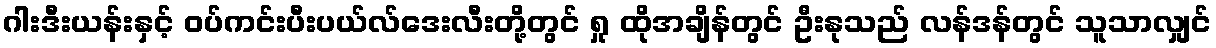
ဂါးဒီးယန်းနှင့် ဝပ်ကင်းပီးပယ်လ်ဒေးလီးတို့တွင် ရှု ထိုအချိန်တွင် ဦးနုသည် လန်ဒန်တွင် သူသာလျှင်